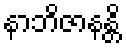
နာဘိဇာနန္တိ